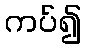
ကပ်၍